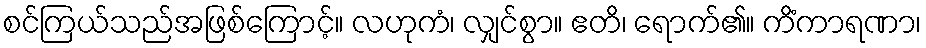
စင်ကြယ်သည်အဖြစ်ကြောင့်။ လဟုကံ၊ လျှင်စွာ။ ဧတိ၊ ရောက်၏။ ကိံကာရဏာ၊